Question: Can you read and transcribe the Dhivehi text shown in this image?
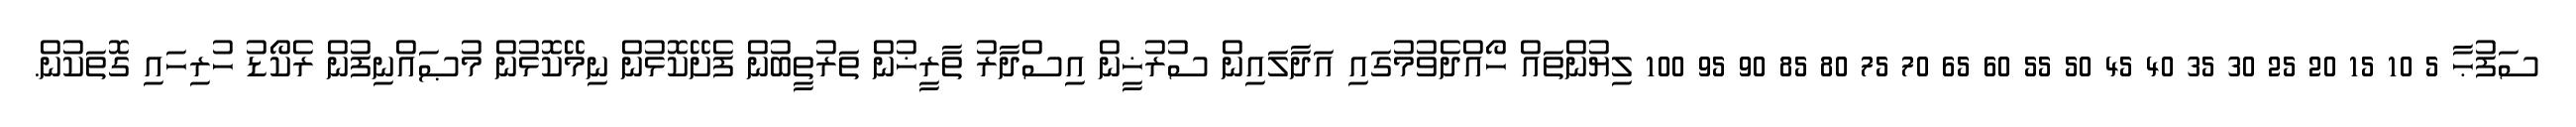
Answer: ސަފުޙާ 5 10 15 20 25 30 35 40 45 50 55 60 65 70 75 80 85 90 95 100 ލިޔުންތައް ހޯއްދެވުމުގައި އަދާލައިން ސުރުޚީން އިސްދާރު ތާރީޚުން ތަރުތީބުން ފެށޭކޮޅުން ނިމޭކޮޅުން މުޞައްނިފުން ރެކޯޑު ހުރިހައި ގޮތަކުން.